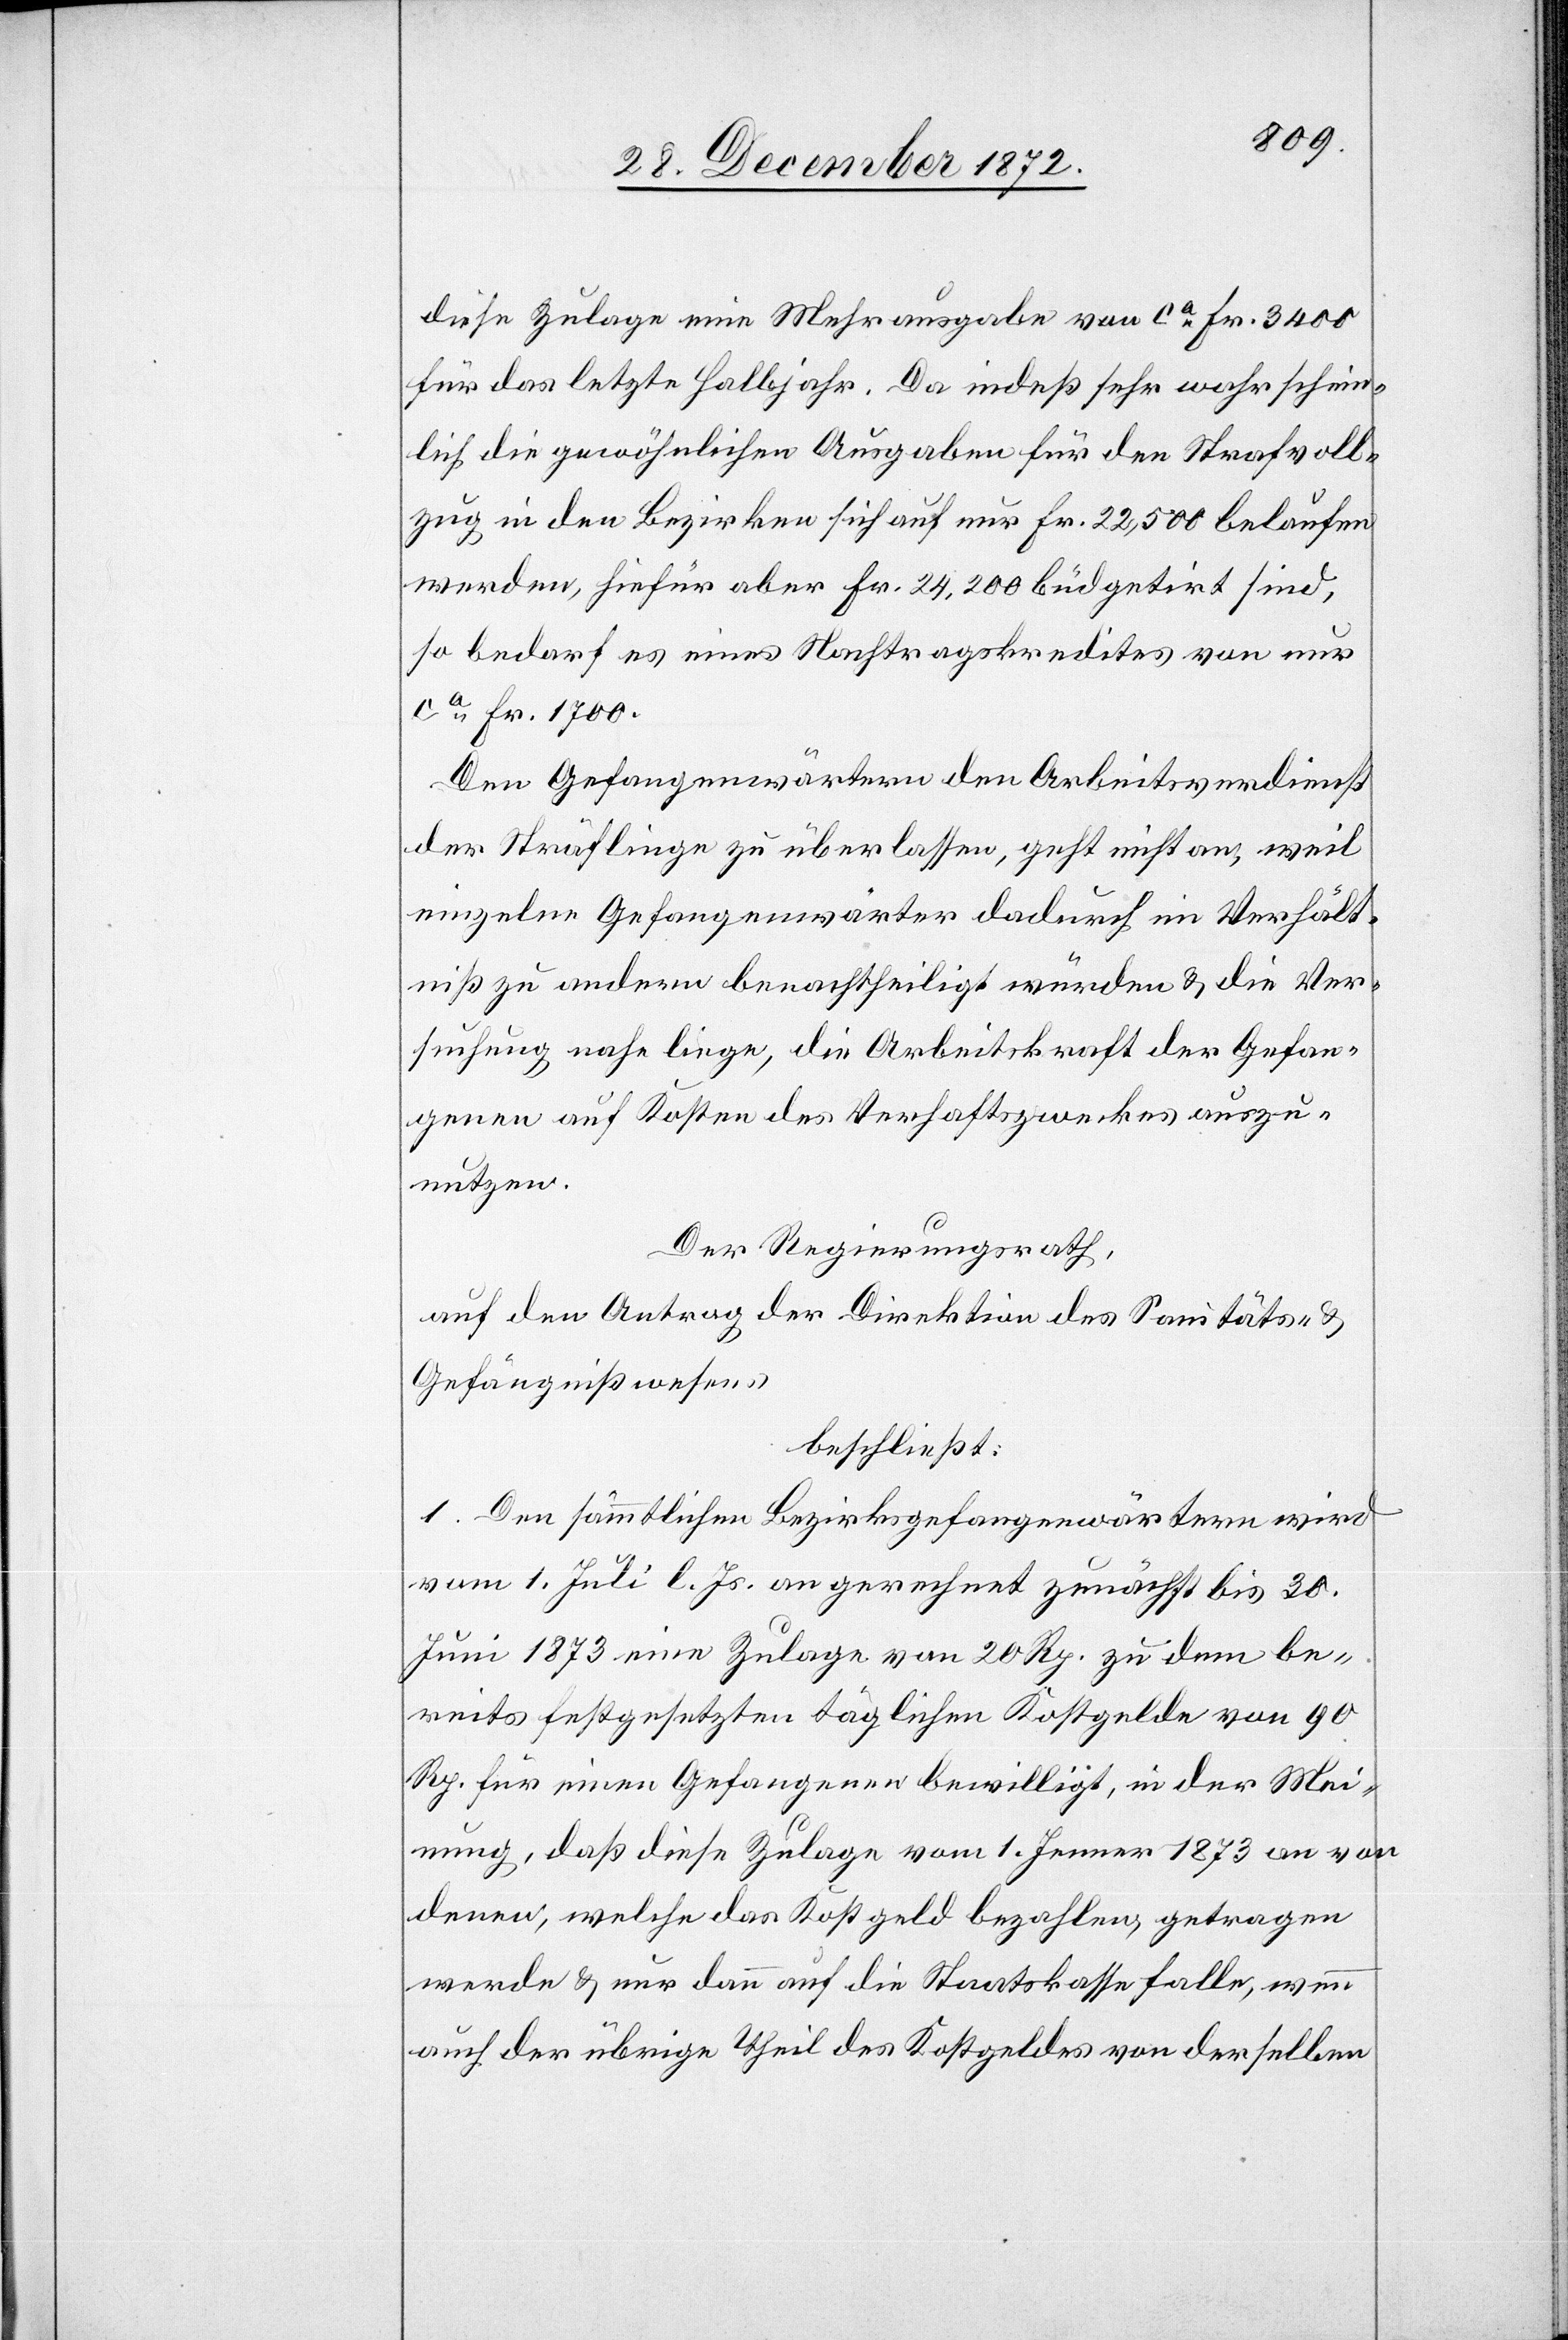
diese Zulage eine Mehrausgabe von ca Fr. 3400
für das letzte Halbjahr. Da indeß sehr wahrschein¬
lich die gewöhnlichen Ausgaben für den Strafvoll¬
zug in den Bezirken sich auf nur Fr. 22,500 belaufen
werden, hiefür aber Fr. 24,200 büdgetirt sind,
so bedarf es eines Nachtragskredites von nur
ca Fr. 1700.
Den Gefangenwärtern den Arbeitsverdienst
der Sträflinge zu überlassen, geht nicht an, weil
einzelne Gefangenwärter dadurch im Verhält¬
niß zu andern benachtheiligt würden u. die Ver¬
suchung nahe liege, die Arbeitskraft der Gefan¬
genen auf Kosten des Verhaftszweckes auszu¬
nutzen.
Der Regierungsrath,
auf den Antrag der Direktion des Sanitäts- u.
Gefängnißwesens,
beschließt:
1. Den sämmtlichen Bezirksgefangenwärtern wird
vom 1. Juli l. Js. an gerechnet zunächst bis 30.
Juni 1873 eine Zulage von 20 Rp. zu dem be¬
reits festgesetzten täglichen Kostgelde von 90
Rp. für einen Gefangenen bewilligt, in der Mei¬
nung, daß diese Zulage vom 1. Jenner 1873 an von
denen, welche das Kostgeld bezahlen, getragen
werde u. nur dann auf die Staatskasse falle, wenn
auch der übrige Theil des Kostgeldes von derselben